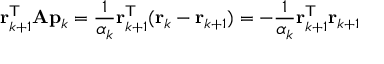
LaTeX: \mathbf { r } _ { k + 1 } ^ { \mathsf { T } } \mathbf { A } \mathbf { p } _ { k } = { \frac { 1 } { \alpha _ { k } } } \mathbf { r } _ { k + 1 } ^ { \mathsf { T } } ( \mathbf { r } _ { k } - \mathbf { r } _ { k + 1 } ) = - { \frac { 1 } { \alpha _ { k } } } \mathbf { r } _ { k + 1 } ^ { \mathsf { T } } \mathbf { r } _ { k + 1 }